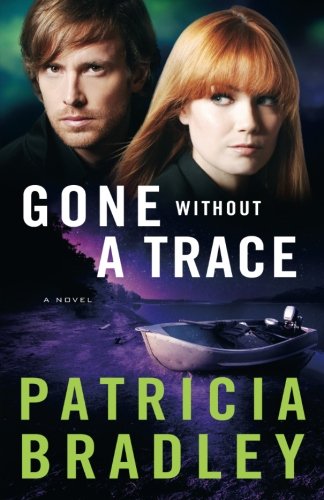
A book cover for Gone without a Trace: A Novel (Logan Point); Patricia Bradley; Romance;